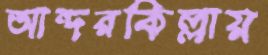
আন্দরকিল্লায়